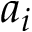
a _ { i }